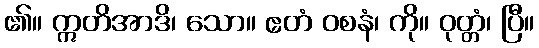
၏။ ဣတိအာဒိ၊ သော။ ဧတံ ဝစနံ၊ ကို။ ဝုတ္တံ၊ ပြီ။